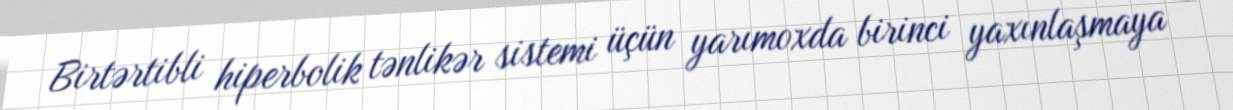
Birtərtibli hiperbolik tənlikər sistemi üçün yarımoxda birinci yaxınlaşmaya